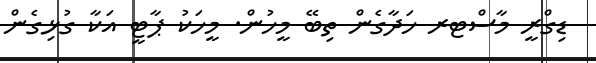
ޑިގްރީ މާސްޓރ ހަދާގެން ތިބޭ މީހުން. މީހަކު ޕާޓީ އަކާ ގުޅިގެން